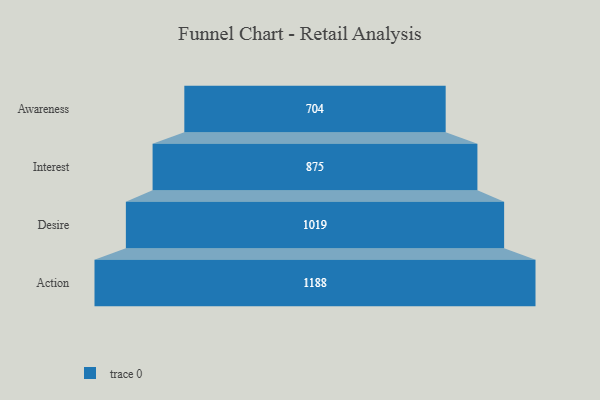
{"axis": {"x": "Stage", "y": "Value"}, "legend": [""], "data": [{"x": "Awareness", "y": 704.0, "type": ""}, {"x": "Interest", "y": 875.0, "type": ""}, {"x": "Desire", "y": 1019.0, "type": ""}, {"x": "Action", "y": 1188.0, "type": ""}]}